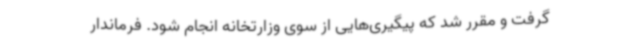
گرفت و مقرر شد که پیگیری‌هایی از سوی وزارتخانه انجام شود. فرماندار